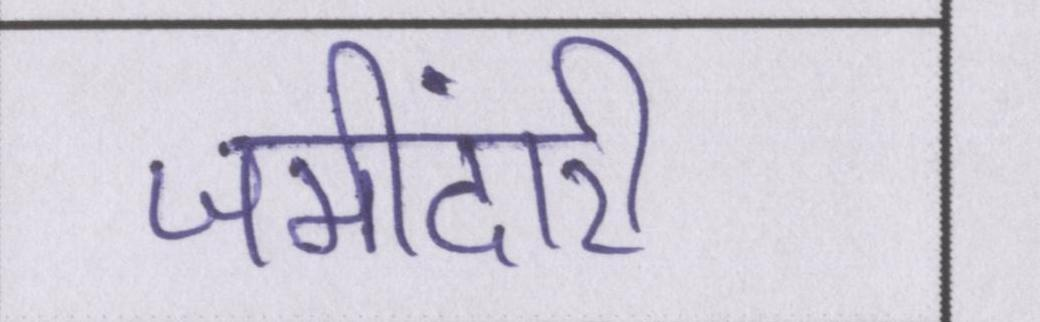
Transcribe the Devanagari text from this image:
जमींदारी